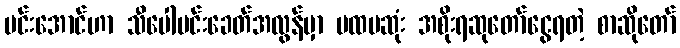
မင်းအောင်ဟာ သီပေါမင်းခေတ်အလွန်မှာ ပထမဆုံး အစိုးရဆုတော်ငွေရတဲ့ စာဆိုတော်